Tezpur Lunatic Asylum reports 1877-1894 - 1877-1894
Year: 1877
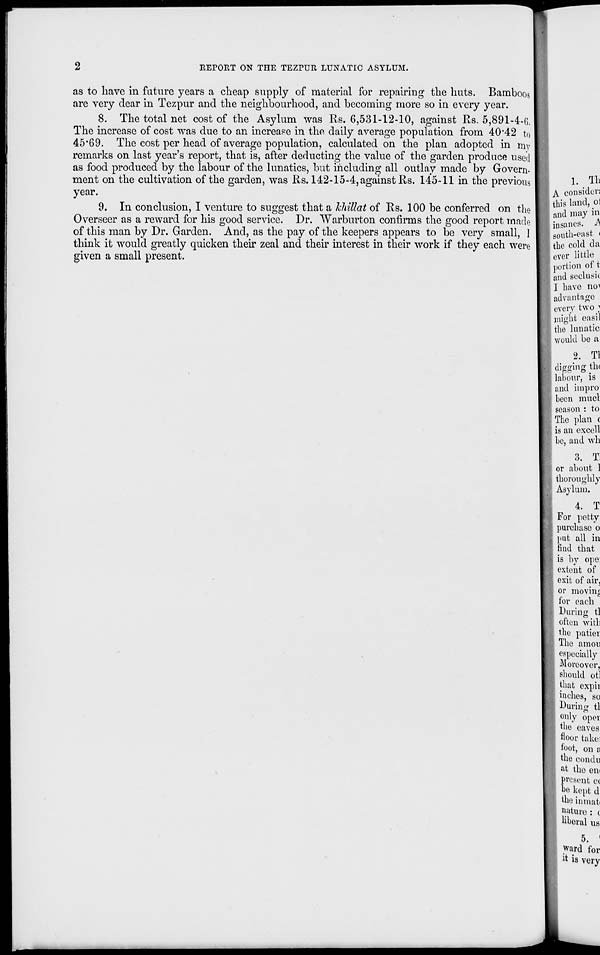
2
REPORT ON THE TEZPUR LUNATIC ASYLUM.
as to have in future years a cheap supply of material for repairing the huts. Bamboos
are very dear in Tezpur and the neighbourhood, and becoming more so in every year.
8. The total net cost of the Asylum was Rs. 6,531-12-10, against Rs. 5,891-4-G,
The increase of cost was due to an increape in the daily average population from 40"42 to
45*69. The cost per head of average population, calculated on the plan adopted in my
remarks on last year's report, that is, after deducting the value of the garden produce used
as food produced by the labour of the lunatics, but including all outlay made by Govern-
ment on the cultivation of the garden, was Rs. 142-15-4, against Rs. 145-11 in the previous
year.
9. In conclusion, I venture to suggest that a hhillat of Rs. 100 be conferred on the
Overseer as a reward for his good service. Dr. Warburton confirms the good report made
of this man by Dr. Garden. And, as the pay of the keepers appears to be very small, I
think it would greatly quicken their zeal and their interest in their work if they each were
given a small present.
1. Th
I A consider!
I this land, oi
| and may in
I insanes. A
I south-east «
the cold da
ever little
portion of t
I and seclusu
I I have no>
1 advantage
every two?
might easil
the lunatic
would be a
2. Tl
digging th<
lahour, is
and hnpro
heen raucl
season : to
The plan (
is an excell
be, and wh
3. Tl
I or about 1
' thoroughly
Asylum.
4. T
For petty
purchase o
put all in
find that
is by ope:
extent of
exit of air,
or moving
for each
During tl
often with
the patier
The amou
especially
Moreover,
should otl
that expii
inches, so
During tl
only opei
the eaves
floor take:
foot, on a
the condu
at tho em
present c(
he kept d
the tomato
nature : c
liberal us
5. '
ward for
rt is very